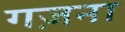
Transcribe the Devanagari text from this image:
गज़ना